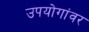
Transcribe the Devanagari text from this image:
उपयोगांवर